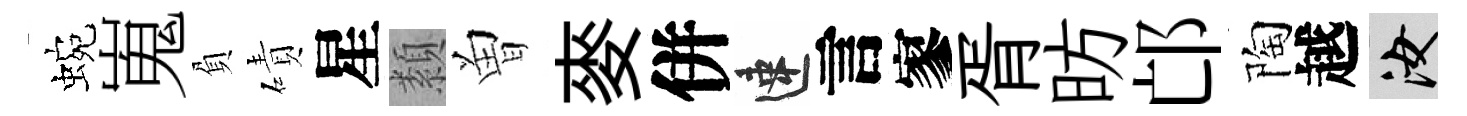
蜿嵬負磧星纇曽麥併速言寥胥昉邙陶越汝